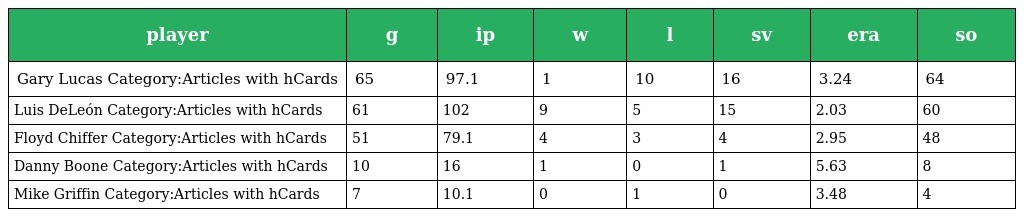
| player | g | ip | w | l | sv | era | so |
 | --- | --- | --- | --- | --- | --- | --- | --- |
 | Gary Lucas Category:Articles with hCards | 65 | 97.1 | 1 | 10 | 16 | 3.24 | 64 |
 | Luis DeLeón Category:Articles with hCards | 61 | 102 | 9 | 5 | 15 | 2.03 | 60 |
 | Floyd Chiffer Category:Articles with hCards | 51 | 79.1 | 4 | 3 | 4 | 2.95 | 48 |
 | Danny Boone Category:Articles with hCards | 10 | 16 | 1 | 0 | 1 | 5.63 | 8 |
 | Mike Griffin Category:Articles with hCards | 7 | 10.1 | 0 | 1 | 0 | 3.48 | 4 |